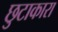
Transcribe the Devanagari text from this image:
छुटाकारा